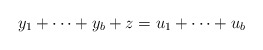
\begin{align*}y_1+\cdots+y_b+z=u_1+\cdots+u_b\end{align*}